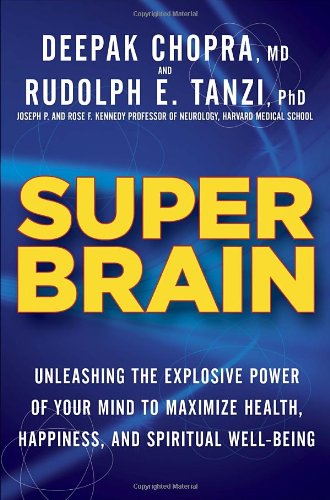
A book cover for Super Brain: Unleashing the Explosive Power of Your Mind to Maximize Health, Happiness, and Spiritual Well-Being; Rudolph E. Tanzi Ph.D.; Politics & Social Sciences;